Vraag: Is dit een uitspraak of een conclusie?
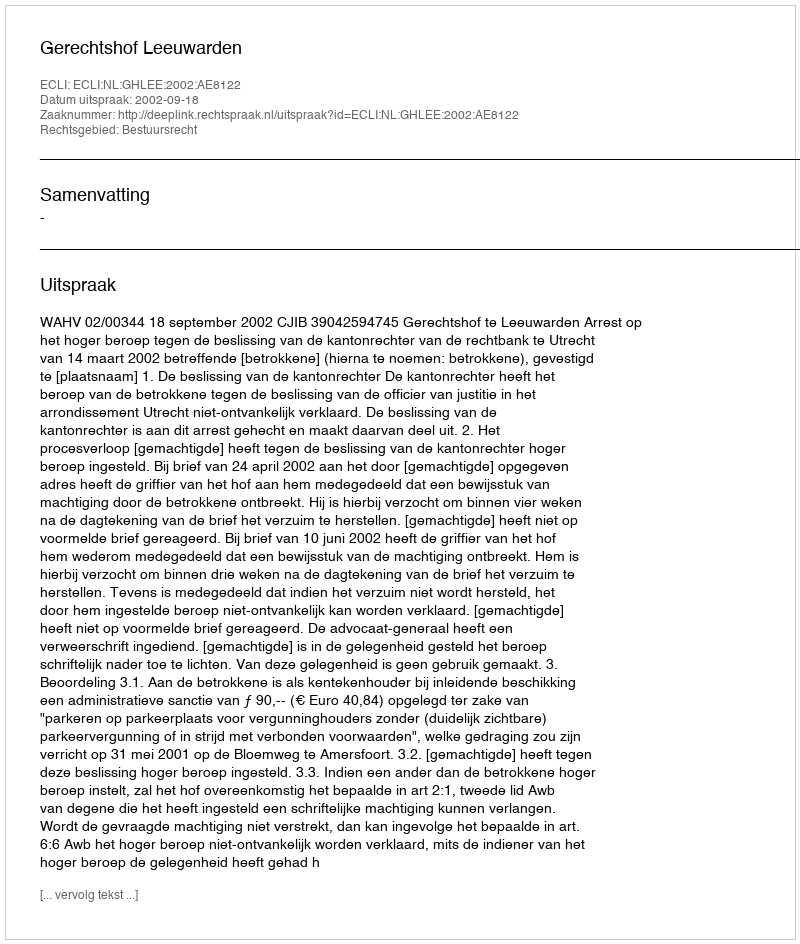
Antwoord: Uitspraak